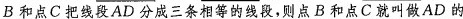
B和点C把线段AD分成三条相等的线段，则点B和点C就叫做AD的